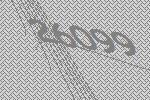
26099